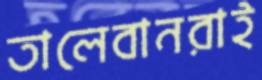
তালেবানরাই